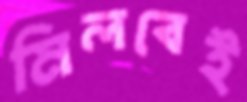
মিলবেই